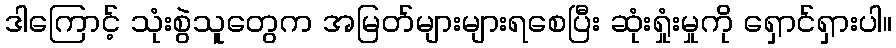
ဒါကြောင့် သုံးစွဲသူတွေက အမြတ်များများရစေပြီး ဆုံးရှုံးမှုကို ရှောင်ရှားပါ။